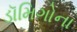
ડૉમિગોના